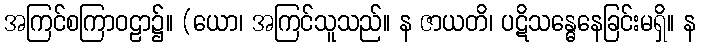
အကြင်စကြာဝဠာ၌။ (ယော၊ အကြင်သူသည်။ န ဇာယတိ၊ ပဋိသန္ဓေနေခြင်းမရှိ။ န